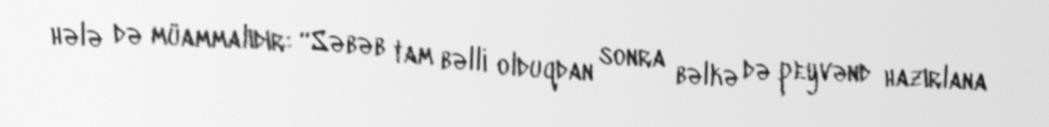
hələ də müammalıdır: “Səbəb tam bəlli olduqdan sonra bəlkə də peyvənd hazırlana